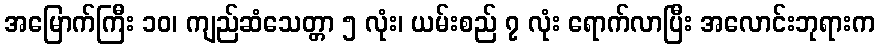
အမြောက်ကြီး ၁၀၊ ကျည်ဆံသေတ္တာ ၅ လုံး၊ ယမ်းစည် ၇ လုံး ရောက်လာပြီး အလောင်းဘုရားက